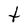
Character: t